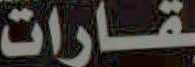
قارات